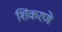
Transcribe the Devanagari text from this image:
शिंकरणे